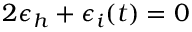
2 \epsilon _ { h } + \epsilon _ { i } ( t ) = 0